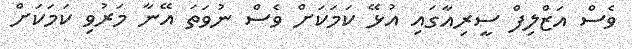
ވެސް އަޒްލިފް ސީރިއާގައި އުޅޭ ކަމަކަށް ވެސް ނުވަތަ އޭނާ މަރުވި ކަމަކަށް